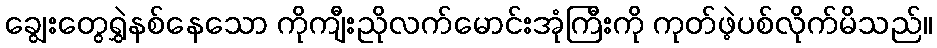
ချွေးတွေရွှဲနစ်နေသော ကိုကျီးညိုလက်မောင်းအုံကြီးကို ကုတ်ဖဲ့ပစ်လိုက်မိသည်။